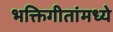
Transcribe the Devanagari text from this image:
भक्तिगीतांमध्ये